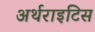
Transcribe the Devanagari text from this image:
अर्थराइटिस